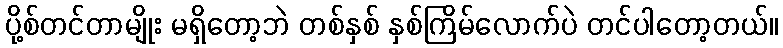
ပို့စ်တင်တာမျိုး မရှိတော့ဘဲ တစ်နှစ် နှစ်ကြိမ်လောက်ပဲ တင်ပါတော့တယ်။